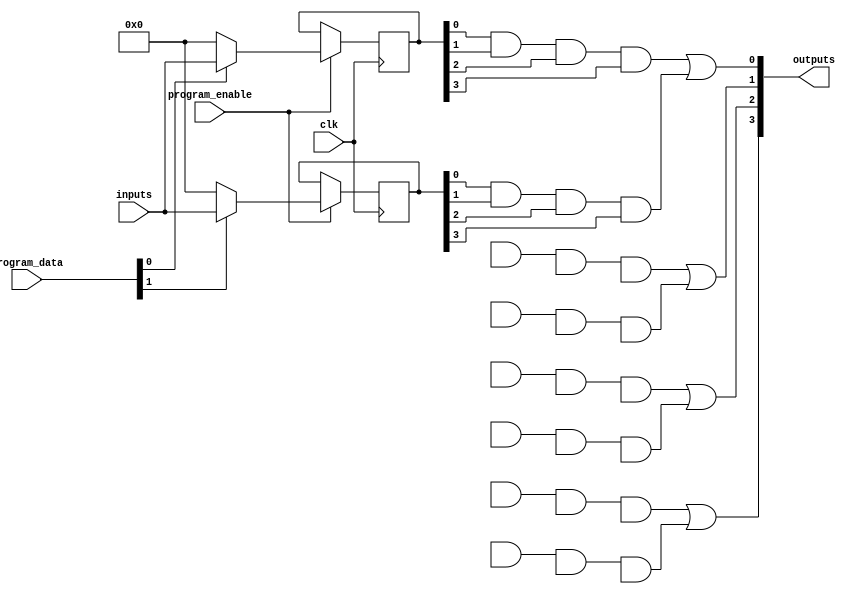
module FlashProgrammablePAL (
    input wire [N-1:0] inputs,          // N input signals
    input wire [M-1:0] program_data,     // M programmable AND gates
    input wire program_enable,            // Enable programming mode
    input wire clk,                       // Clock signal
    output wire [P-1:0] outputs           // P output signals
);

parameter N = 8; // Number of inputs
parameter M = 16; // Number of AND gates
parameter P = 4; // Number of outputs

// Internal signals
reg [M-1:0] and_outputs; // Outputs of the programmable AND gates
reg [P-1:0] or_outputs;   // Outputs of the fixed OR gates

// Flash memory simulation for AND gate configuration
reg [N-1:0] and_config [0:M-1]; // Configuration for each AND gate

// Programming logic
always @(posedge clk) begin
    if (program_enable) begin
        // Load the configuration into the AND gates
        and_config[0] <= program_data[0] ? inputs : 0; // Example for AND gate 0
        and_config[1] <= program_data[1] ? inputs : 0; // Example for AND gate 1
        // Add more configurations as needed for M AND gates
    end
end

// Generate AND gate outputs
genvar i;
generate
    for (i = 0; i < M; i = i + 1) begin : and_gate
        assign and_outputs[i] = and_config[i][0] & and_config[i][1] & and_config[i][2] & and_config[i][3]; // Example for 4-input AND
    end
endgenerate

// Fixed OR array combining AND outputs
assign or_outputs[0] = and_outputs[0] | and_outputs[1]; // Example for OR gate 0
assign or_outputs[1] = and_outputs[2] | and_outputs[3]; // Example for OR gate 1
assign or_outputs[2] = and_outputs[4] | and_outputs[5]; // Example for OR gate 2
assign or_outputs[3] = and_outputs[6] | and_outputs[7]; // Example for OR gate 3

// Assign outputs
assign outputs = or_outputs;

endmodule